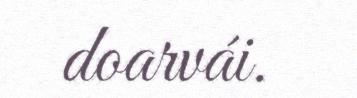
doarvái.